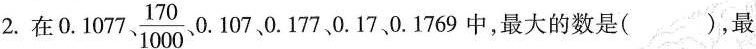
2.在0.1077、\frac{170}{1000}、0.107、0.177、0.17、0.1769中，最大的数是（），最